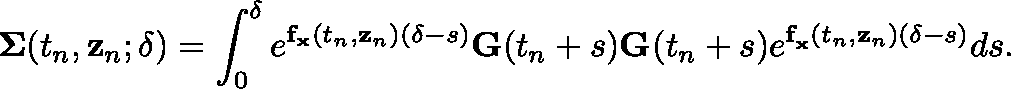
\mathbf { \Sigma } ( t _ { n } , \mathbf { z } _ { n } ; \delta ) = \int _ { 0 } ^ { \delta } e ^ { \mathbf { f } _ { \mathbf { x } } ( t _ { n } , \mathbf { z } _ { n } ) ( \delta - s ) } \mathbf { G } ( t _ { n } + s ) \mathbf { G } ^ { \intercal } ( t _ { n } + s ) e ^ { \mathbf { f } _ { \mathbf { x } } ^ { \intercal } ( t _ { n } , \mathbf { z } _ { n } ) ( \delta - s ) } d s .